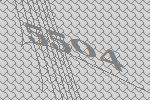
5504